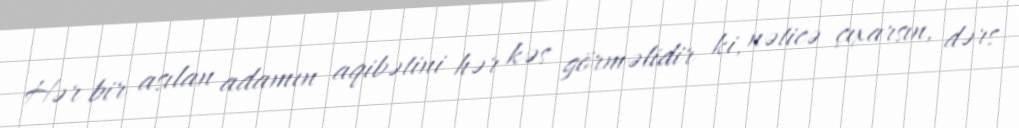
Hər bir asılan adamın aqibətini hər kəs görməlidir ki, nəticə çıxarsın, dərs